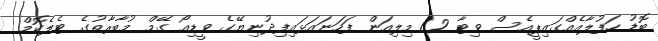
ބޮޑު ހަފުލާއެއްގައިޕީއެސް ވިޓާ 1.2 މިލިއަން ފަހަނައަޅައިފިދުނިޔޭގެ ވީޑިއޯ ގޭމް މުބާރާތުގެ ޓެލެކޮމް